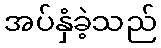
အပ်နှံခဲ့သည်